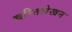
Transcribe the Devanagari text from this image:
चरितलेखन